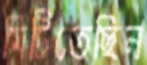
মিটিতেছিল